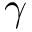
\gamma